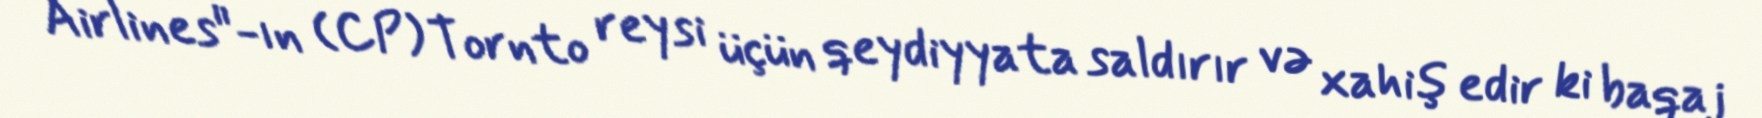
Airlines"-ın (CP) Tornto reysi üçün qeydiyyata saldırır və xahiş edir ki baqaj